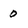
Character: 0